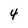
Character: 4